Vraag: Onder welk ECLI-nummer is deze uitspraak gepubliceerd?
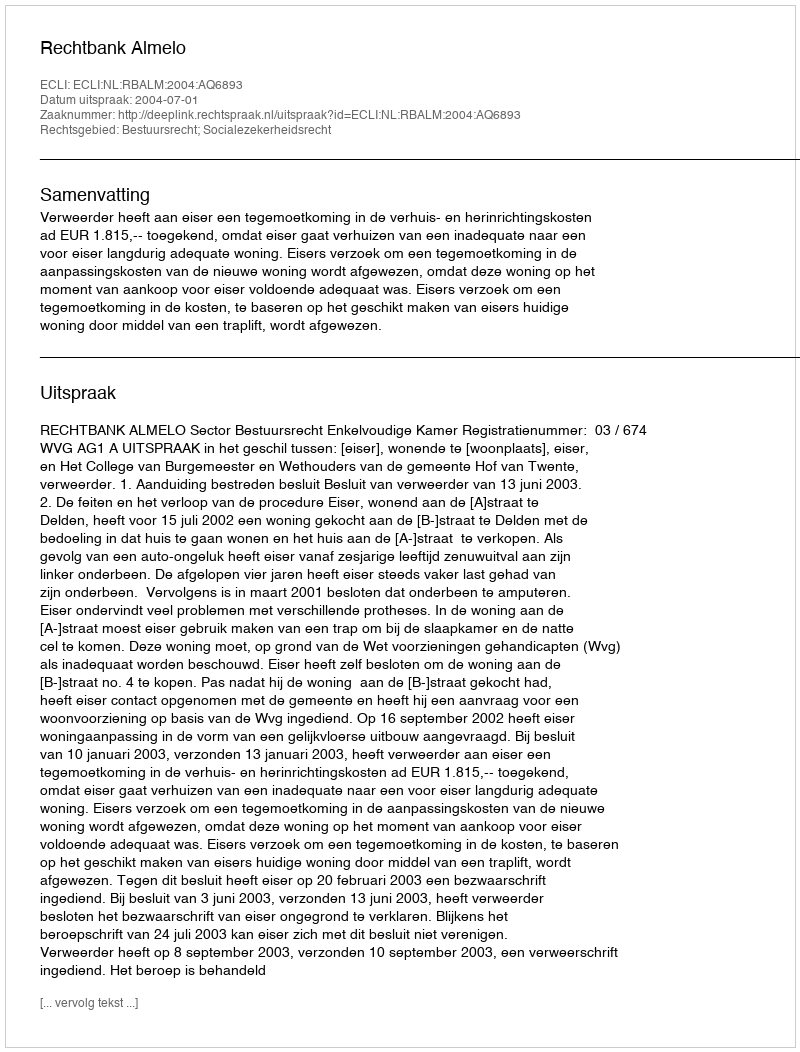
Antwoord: ECLI:NL:RBALM:2004:AQ6893